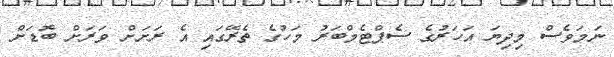
ނަމަވެސް މިދިޔަ އަހަރުގެ ސެޕްޓެމްބަރު މަހުގެ ތެރޭގައި އެ ރަށަށް ވަރަށް ބޮޑަށް